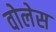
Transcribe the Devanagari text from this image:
वोलेस